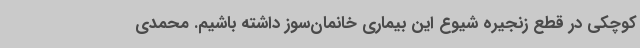
کوچکی در قطع زنجیره شیوع این بیماری خانمان‌سوز داشته باشیم. محمدی